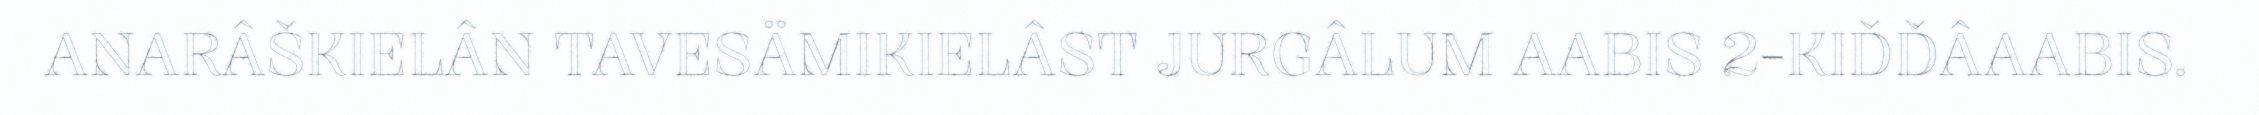
ANARÂŠKIELÂN TAVESÄMIKIELÂST JURGÂLUM AABIS 2-KIĐĐÂAABIS.